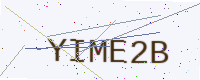
Text: YIME2B